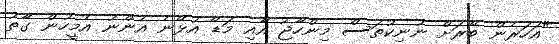
"އަހަރެން ބޭރަށް ނުނިކުތަސް މިންހާޖު އާއި މަޑޭ އުޅޭނެ އެންނު އެމީހުން ގާތު